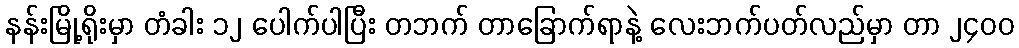
နန်းမြို့ရိုးမှာ တံခါး ၁၂ ပေါက်ပါပြီး တဘက် တာခြောက်ရာနဲ့ လေးဘက်ပတ်လည်မှာ တာ ၂၄၀၀